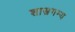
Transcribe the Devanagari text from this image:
शास्त्रगम्य